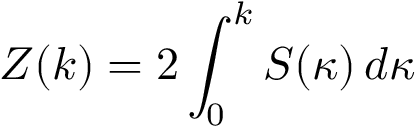
Z ( k ) = 2 \int _ { 0 } ^ { k } S ( \kappa ) \, d \kappa